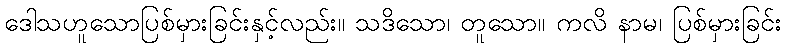
ဒေါသဟူသောပြစ်မှားခြင်းနှင့်လည်း။ သဒိသော၊ တူသော။ ကလိ နာမ၊ ပြစ်မှားခြင်း